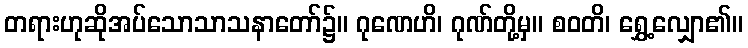
တရားဟုဆိုအပ်သောသာသနာတော်၌။ ဂုဏေဟိ၊ ဂုဏ်တို့မှ။ စဝတိ၊ ရွှေ့လျှော၏။